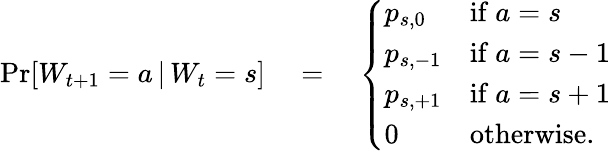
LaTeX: \begin{array}{r}{\operatorname*{Pr}[W_{t+1}=a\, |\, W_{t}=s]\quad=\quad\left\{ \begin{array}{ll}{p_{s,0}}&{\mathrm{if~}a=s}\\ {p_{s,-1}}&{\mathrm{if~}a=s-1}\\ {p_{s,+1}}&{\mathrm{if~}a=s+1}\\ {0}&{\mathrm{otherwise.}}\end{array}\right.}\end{array}